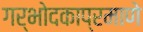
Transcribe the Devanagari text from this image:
गर्भोदकाप्रमाणे